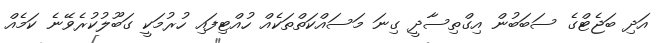
އަދި ބަޖެޓްގެ ސަބަބުން އިގްތިސާދީ ގިނަ މަސައްކަތްތަކެއް ހުއްޓިފައި ހުރުމަކީ ގަބޫލުކުރެވޭނެ ކަމެއް